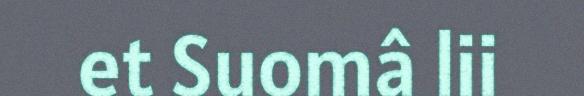
et Suomâ lii